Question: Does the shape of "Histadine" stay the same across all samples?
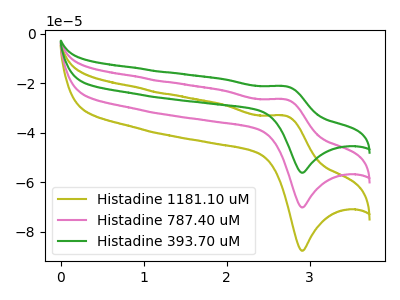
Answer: <think>The olive curve "Histadine 1181.10 uM" has an anodic peak at (2.70V, -53.00uA) and a cathodic peak at (2.90V, -140.25uA). The pink curve "Histadine 787.40 uM" has an anodic peak at (2.70V, -26.50uA) and a cathodic peak at (2.90V, -70.10uA). The green curve "Histadine 393.70 uM" has an anodic peak at (2.70V, -21.20uA) and a cathodic peak at (2.90V, -56.15uA).
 All the peaks in "Histadine 1181.10 uM" have a peak in "Histadine 787.40 uM" at the same potential. All the peaks in "Histadine 1181.10 uM" have a peak in "Histadine 393.70 uM" at the same potential. All the peaks in "Histadine 787.40 uM" have a peak in "Histadine 393.70 uM" at the same potential.</think>
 <answer>All the CV's of "Histadine" have similar shape.</answer>
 <eval>follow_rule</eval>